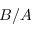
B / A